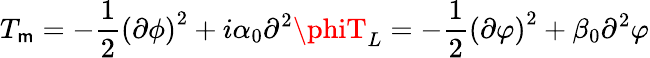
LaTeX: T_{\mathsf{m}}=-{\frac{{1}}{{2}}}\left(\partial\phi\right)^{2}+i\alpha_{0}\partial^{2}\phiT_{L}=-{\frac{{1}}{{2}}}\left(\partial\varphi\right)^{2}+\beta_{0}\partial^{2}\varphi